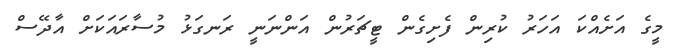
މީގެ އަށެއްކަ އަހަރު ކުރިން ފެށިގެން ޓީޗަރުން އަންނަނީ ރަނގަޅު މުސާރައަކަށް އާދޭސް